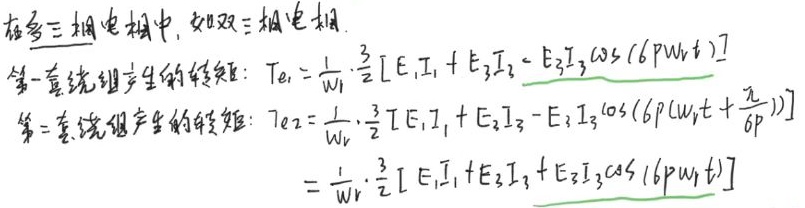
在多三相电机中，如双三相电机.
第一套绕组产生的转矩：\(T_{e1}=\frac{1}{\omega_{1}}\cdot\frac{3}{2}[E_{1}I_{1} + E_{3}I_{3}-E_{3}I_{3}\cos(6p\omega_{r}t)]\)
第二套绕组产生的转矩：\(T_{e2}=\frac{1}{\omega_{r}}\cdot\frac{3}{2}[E_{1}I_{1} + E_{3}I_{3}-E_{3}I_{3}\cos(6p(\omega_{r}t+\frac{\pi}{6p}))]\)
\(=\frac{1}{\omega_{r}}\cdot\frac{3}{2}[E_{1}I_{1} + E_{3}I_{3}+E_{3}I_{3}\cos(6p\omega_{r}t)]\)